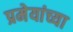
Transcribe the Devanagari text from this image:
प्रमेयांच्या